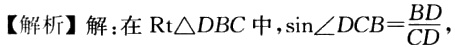
【解析】解：在$\text{Rt}\triangle DBC$中，$\sin\angle DCB = \frac{BD}{CD}$，